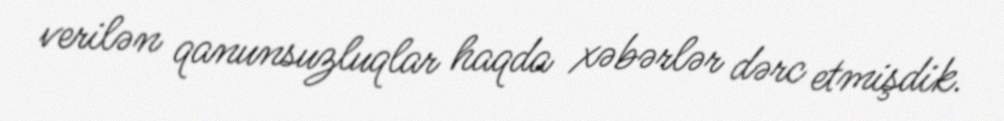
verilən qanunsuzluqlar haqda xəbərlər dərc etmişdik.